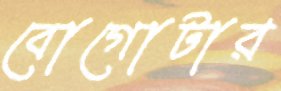
বোগোটার